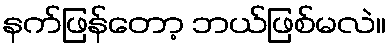
နက်ဖြန်တော့ ဘယ်ဖြစ်မလဲ။